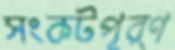
সংকটপূর্ণ